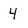
Character: 4